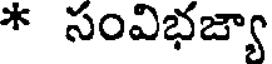
* సంవిభజ్యా